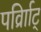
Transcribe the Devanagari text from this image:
पर्व्राािट्